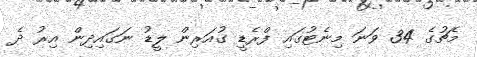
މެޗުގެ 34 ވަނަ މިނެޓުގައި ފްރެޑީ ގުއަރިން ލީޑު ނަގައިދިން އިރު ދެ